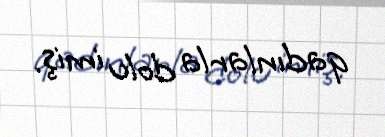
qadınlarla dolu imiş.